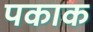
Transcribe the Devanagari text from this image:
पकाक